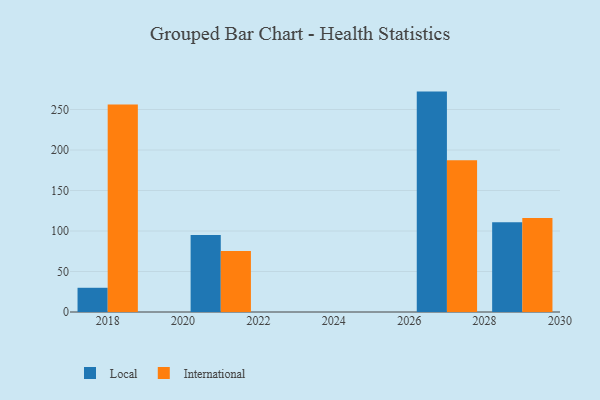
{"axis": {"x": "Year", "y": "Headcount"}, "legend": ["International", "Local"], "data": [{"x": "2029", "y": 110.7, "type": "Local"}, {"x": "2029", "y": 116.1, "type": "International"}, {"x": "2021", "y": 95.1, "type": "Local"}, {"x": "2021", "y": 75.4, "type": "International"}, {"x": "2018", "y": 29.9, "type": "Local"}, {"x": "2018", "y": 256.2, "type": "International"}, {"x": "2027", "y": 272.1, "type": "Local"}, {"x": "2027", "y": 187.3, "type": "International"}]}